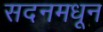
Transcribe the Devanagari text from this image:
सदनमधून